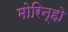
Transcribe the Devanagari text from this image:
मोरिन्हो